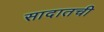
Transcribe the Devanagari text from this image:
सादातची